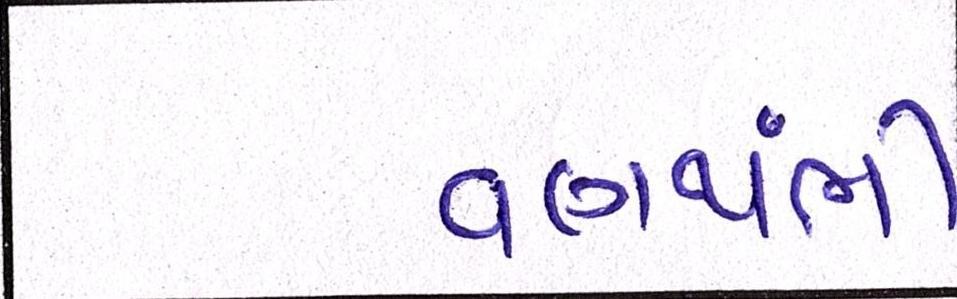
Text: વણથંભી